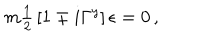
LaTeX: m { \textstyle \frac { 1 } { 2 } } \left[ 1 \mp i \Gamma ^ { y } \right] \epsilon = 0 \, ,